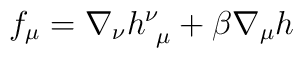
f_\mu  = \nabla_\nu h^\nu_{~\mu }  + \beta \nabla_\mu h